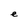
Character: e